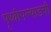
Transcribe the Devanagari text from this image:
पृथ्वीपल्याडची